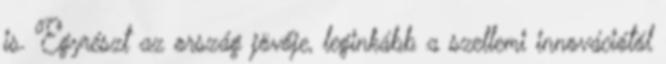
is. Egyrészt az ország jövője, leginkább a szellemi innovációtól